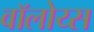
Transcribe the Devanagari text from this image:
वॉलोय्स